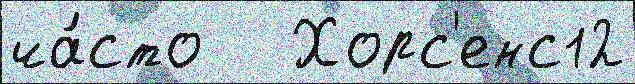
ча́сто   Хорс'енс12